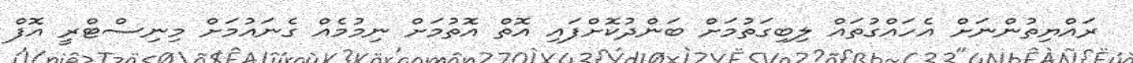
ރައްޔިތުންނަށް އެހައްގުތައް ލިބިގަތުމަށް ބަންދުކޮށްފައި އޮތް އޮތުމަށް ނިމުމެއް ގެނައުމަށް މިނިސްޓްރީ އޮފް